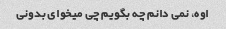
اوه، نمی دانم چه بگویم چی میخوای بدونی